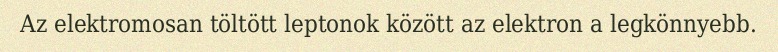
Az elektromosan töltött leptonok között az elektron a legkönnyebb.